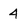
Character: 4